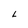
Character: L